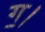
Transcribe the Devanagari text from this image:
ग॒।